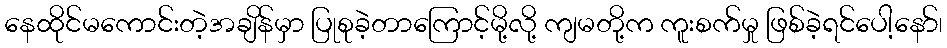
နေထိုင်မကောင်းတဲ့အချိန်မှာ ပြုစုခဲ့တာကြောင့်မို့လို့ ကျမတို့က ကူးစက်မှု ဖြစ်ခဲ့ရင်ပေါ့နော်၊